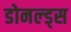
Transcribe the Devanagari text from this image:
डोनल्ड्स